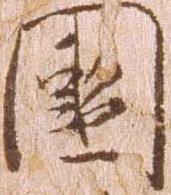
国